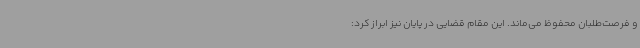
و فرصت‌طلبان محفوظ می‌ماند. این مقام قضایی در پایان نیز ابراز کرد: